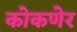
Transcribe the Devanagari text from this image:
कोकणेर